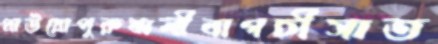
প্রাউয়োপুরুষালীবাগচীসাত